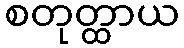
စတုတ္ထာယ